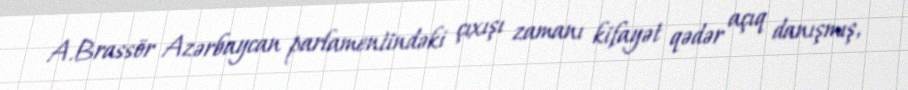
A.Brassör Azərbaycan parlamentindəki çıxışı zamanı kifayət qədər açıq danışmış,